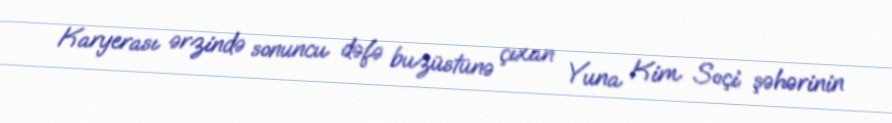
Karyerası ərzində sonuncu dəfə buzüstünə çıxan Yuna Kim Soçi şəhərinin